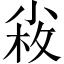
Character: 𡮋